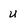
Character: u